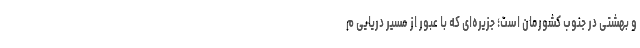
و بهشتی در جنوب کشورمان است؛ جزیره‌ای که با عبور از مسیر دریایی م